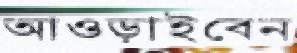
আওড়াইবেন